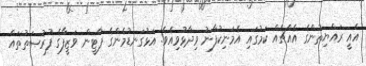
އެއީ ރައްޔިތުންގެ އެއްޗެއް ކަމުގައި އެމަނިކުފާނު ވިދާޅުވިއެވެ. އަޅުގަނޑުމެންގެ ޕާޓީން ވަޒީފާގެ ފުރުޞަތުތައް